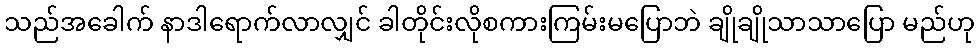
သည်အခေါက် နာဒါရောက်လာလျှင် ခါတိုင်းလိုစကားကြမ်းမပြောဘဲ ချိုချိုသာသာပြော မည်ဟု